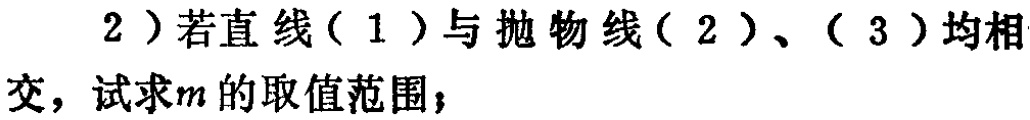
2）若直线（1）与抛物线（2）、（3）均相交，试求\(m\)的取值范围；